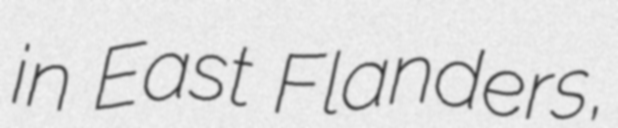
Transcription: in East Flanders,